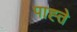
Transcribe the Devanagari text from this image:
पाह्ते